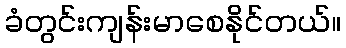
ခံတွင်းကျန်းမာစေနိုင်တယ်။